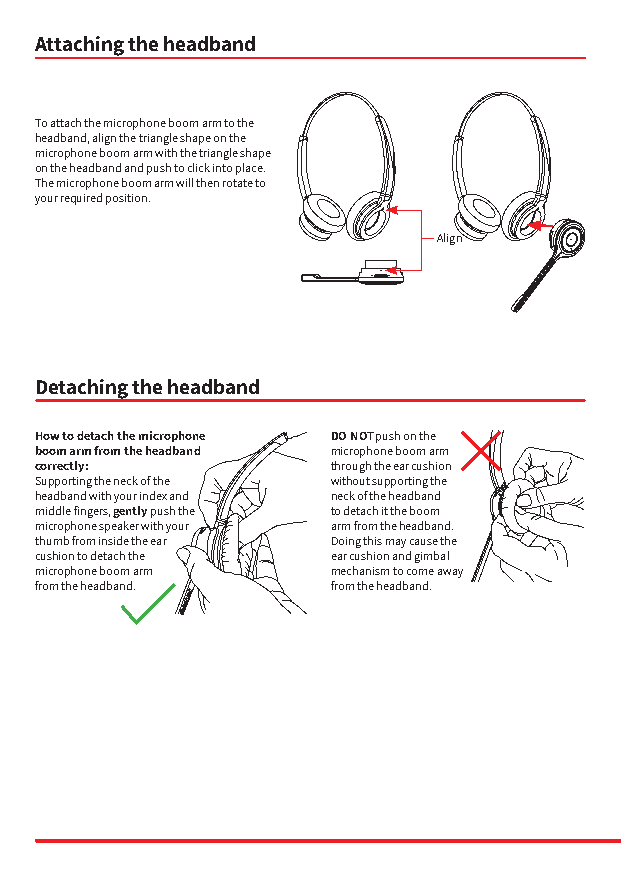
Attaching the headband
 To attach the microphone boom arm to the
 headband, align the triangle shape on the
 microphone boom arm with the triangle shape
 on the headband and push to click into place.
 The microphone boom arm will then rotate to
 your required position.
 Align
 Detaching the headband
 How to detach the microphone DO NOT push on the
 boom arm from the headband microphone boom arm
 correctly:          through the ear cushion
 Supporting the neck of the without supporting the
 headband with your index and neck of the headband
 middle fingers, gently push the to detach it the boom
 microphone speaker with your arm from the headband.
 thumb from inside the ear Doing this may cause the
 cushion to detach the ear cushion and gimbal
 microphone boom arm mechanism to come away
 from the headband.  from the headband.